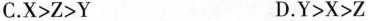
C.X>Z>Y D.Y>X>Z